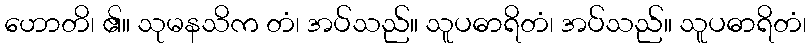
ဟောတိ၊ ၏။ သုမနသိက တံ၊ အပ်သည်။ သူပဓာရိတံ၊ အပ်သည်။ သူပဓာရိတံ၊